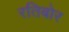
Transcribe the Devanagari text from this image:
रतिबोर